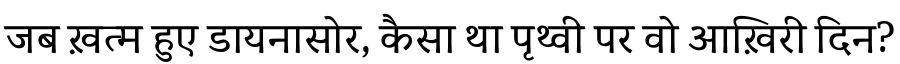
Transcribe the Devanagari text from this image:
जब ख़त्म हुए डायनासोर, कैसा था पृथ्वी पर वो आख़िरी दिन?